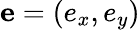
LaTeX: \mathbf{e}=(e_{x},e_{y})